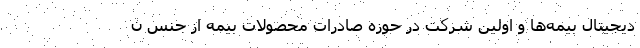
دیجیتال بیمه‌ها و اولین شرکت در حوزه صادرات محصولات بیمه از جنس ن